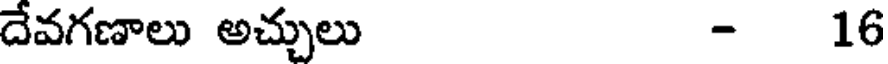
దేవగణాలు అచ్చులు - 16